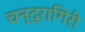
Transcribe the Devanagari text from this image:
चन्द्रागिरी